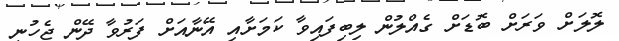
ލޮލަށް ވަރަށް ބޮޑަށް ގެއްލުން ލިބިފައިވާ ކަމަށާއި އޭނާއަށް ފަރުވާ ދޭން ޖެހުނީ